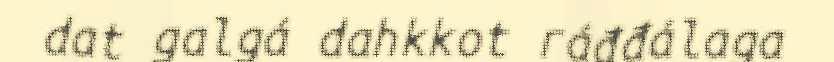
dat galgá dahkkot ráđđálaga